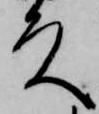
殿